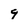
Character: 9